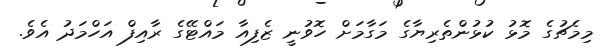
މިމެޗުގެ މޮޅު ކުޅުންތެރިޔާގެ މަގާމަށް ހޮވުނީ ޒެފިއާ މައްޓޭގެ ރާއިފް އަހްމަދު އެވެ.